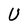
Character: U